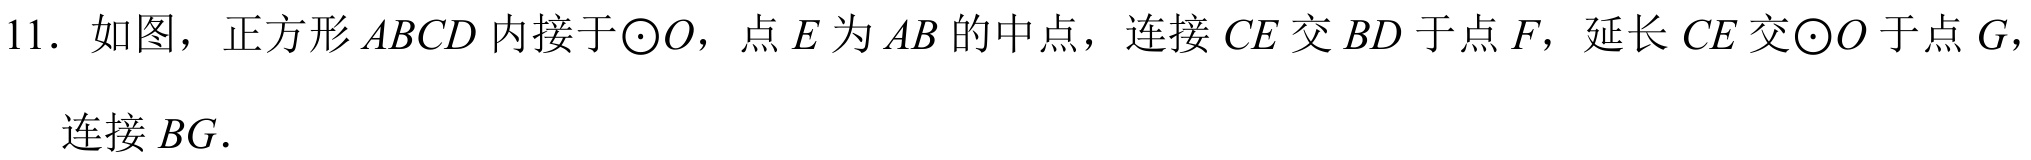
11. 如图，正方形 \(ABCD\) 内接于\(\odot O\)，点 \(E\) 为 \(AB\) 的中点，连接 \(CE\) 交 \(BD\) 于点 \(F\)，延长 \(CE\) 交\(\odot O\) 于点 \(G\)，连接 \(BG\).